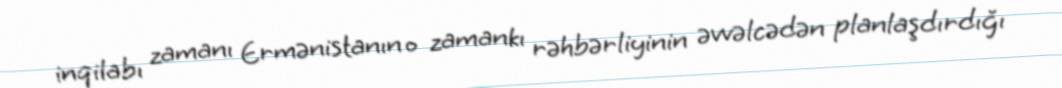
inqilabı zamanı Ermənistanın o zamankı rəhbərliyinin əvvəlcədən planlaşdırdığı